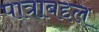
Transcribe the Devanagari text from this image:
पात्राबद्दल